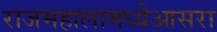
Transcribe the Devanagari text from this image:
राजमहालामध्येआसरा